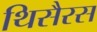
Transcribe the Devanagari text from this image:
थिसैरस